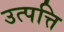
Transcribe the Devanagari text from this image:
उत्‍पत्ति